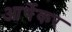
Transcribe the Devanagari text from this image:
आर्थेकर